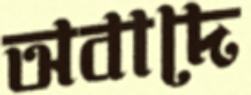
অবাদে